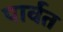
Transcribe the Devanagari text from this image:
पार्वत